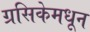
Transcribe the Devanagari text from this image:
ग्रसिकेमधून